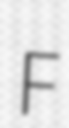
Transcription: F